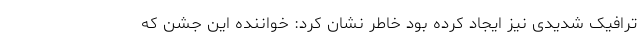
ترافیک شدیدی نیز ایجاد کرده بود خاطر نشان کرد: خواننده این جشن که